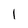
Character: l